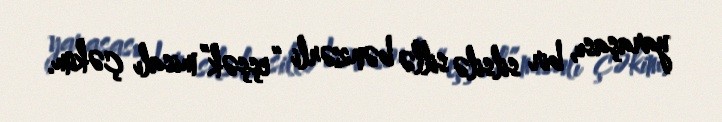
yaraşası, bir silsilə sillə bənzərli “eşşək” misalı çəkim.